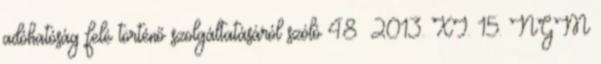
adóhatóság felé történő szolgáltatásáról szóló 48 2013. XI. 15. NGM